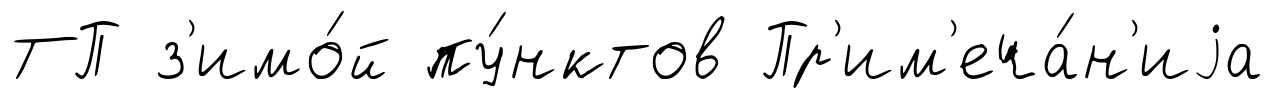
ТП з'имо́й пу́нктов Пр'им'еча́н'иjа